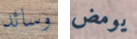
وسائد يومض